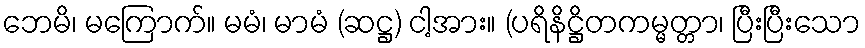
ဘေမိ၊ မကြောက်။ မမံ၊ မာမံ (ဆဋ္ဌ) ငါ့အား။ (ပရိနိဋ္ဌိတကမ္မတ္တာ၊ ပြီးပြီးသော